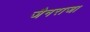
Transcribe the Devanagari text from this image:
जैनराजा